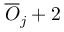
\overline { { O } } _ { j } + 2